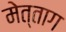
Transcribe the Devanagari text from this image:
मेत्ताग